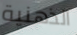
الذهنية